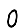
Digit: 0